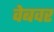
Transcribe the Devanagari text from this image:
वेबवर